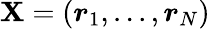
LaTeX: \boldsymbol{\mathbf{X}}=\left(\boldsymbol{r}_{1},...,\boldsymbol{r}_{N}\right)